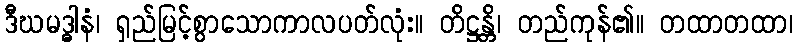
ဒီဃမဒ္ဓါနံ၊ ရှည်မြင့်စွာသောကာလပတ်လုံး။ တိဋ္ဌန္တိ၊ တည်ကုန်၏။ တထာတထာ၊